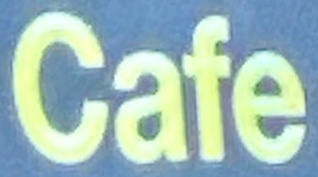
Cafe